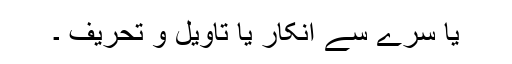
یا سرے سے انکار یا تاویل و تحریف ۔